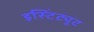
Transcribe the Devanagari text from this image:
इस्टिंट्यूट